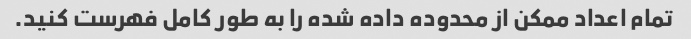
تمام اعداد ممکن از محدوده داده شده را به طور کامل فهرست کنید.